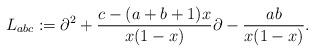
LaTeX: \begin{align*}L_{a b c} := \partial^{2} + \frac{c - (a + b + 1) x}{x (1 - x)} \partial - \frac{a b}{x (1 - x)}. \end{align*}